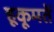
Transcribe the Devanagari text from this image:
हूकूमतें